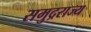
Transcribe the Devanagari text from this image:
समुद्रराज्य